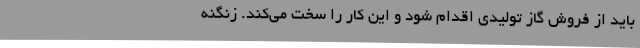
باید از فروش گاز تولیدی اقدام شود و این کار را سخت می‌کند. زنگنه